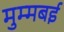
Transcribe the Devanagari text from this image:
मुम्मबई